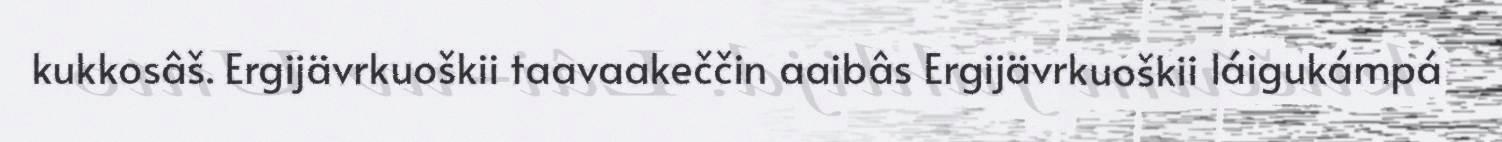
kukkosâš. Ergijävrkuoškii taavaakeččin aaibâs Ergijävrkuoškii láigukámpá